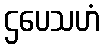
ဌပေသဟံ